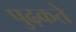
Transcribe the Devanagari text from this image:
पुढ़कते